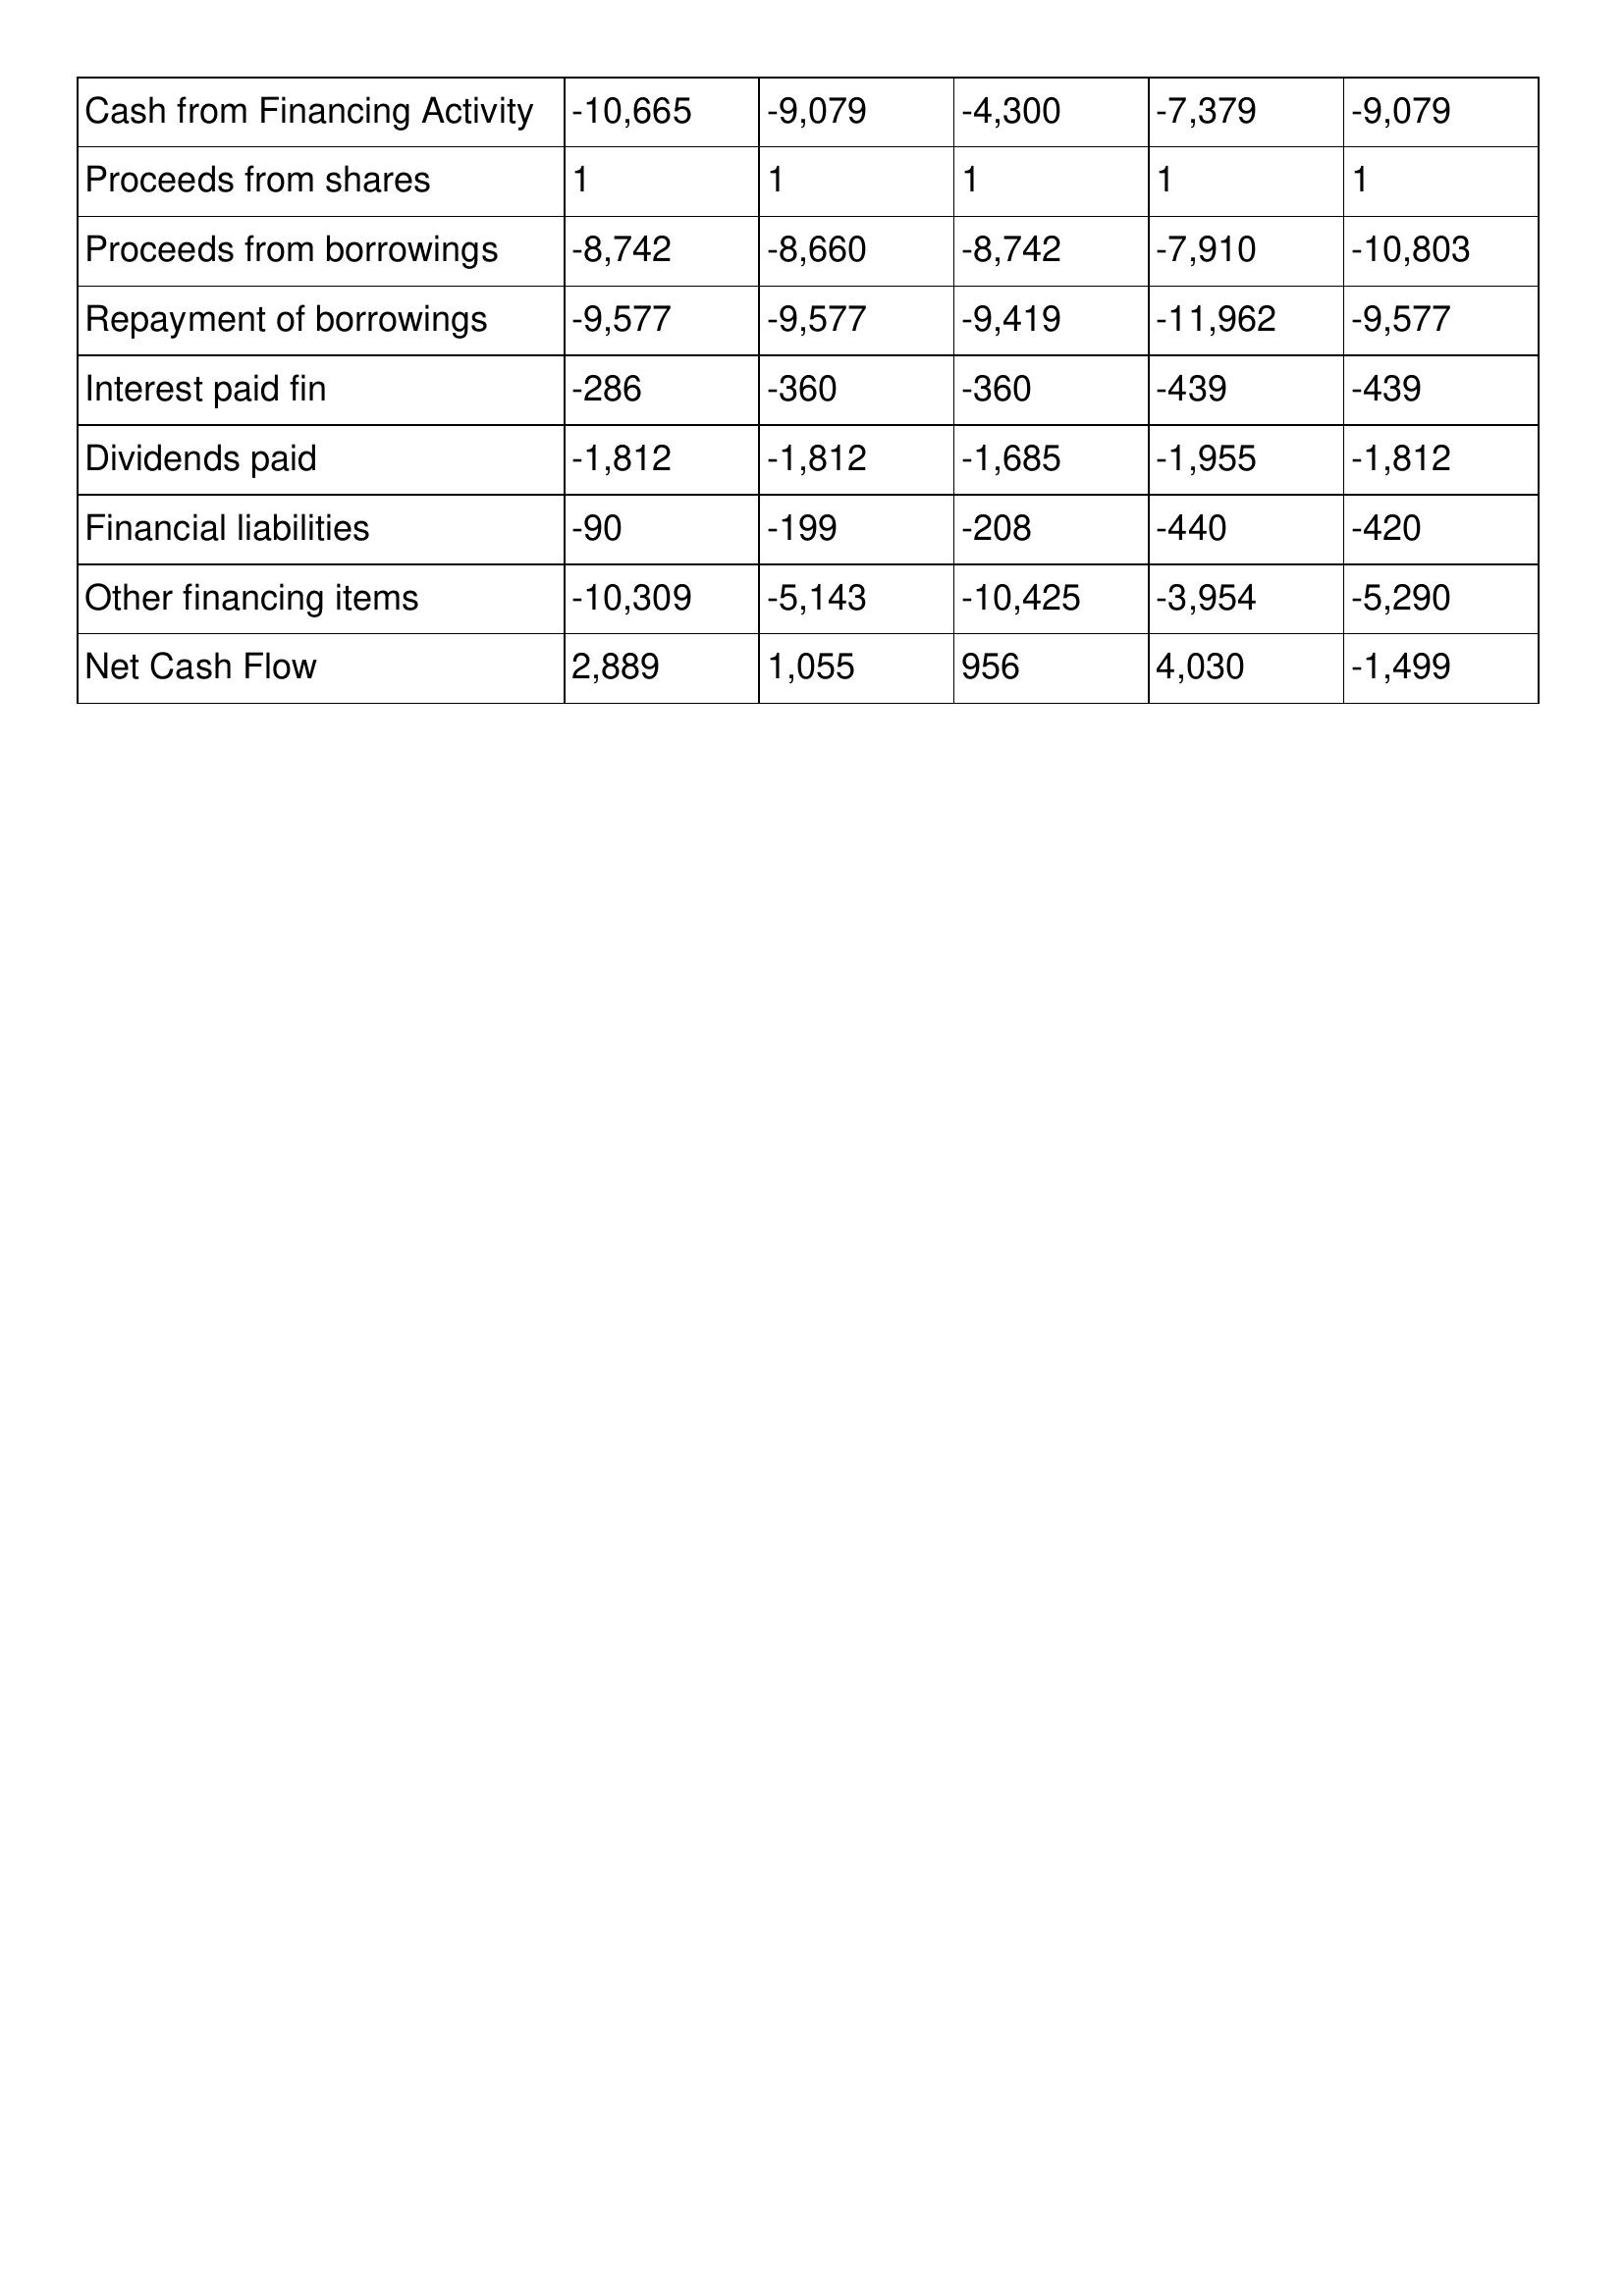
gt_parse: 1994: Cash Flows: Cash from Financing Activity: -10,665
Proceeds from shares: 1
Proceeds from borrowings: -8,742
Repayment of borrowings: -9,577
Interest paid fin: -286
Dividends paid: -1,812
Financial liabilities: -90
Other financing items: -10,309
Net Cash Flow: 2,889
1993: Cash Flows: Cash from Financing Activity: -9,079
Proceeds from shares: 1
Proceeds from borrowings: -8,660
Repayment of borrowings: -9,577
Interest paid fin: -360
Dividends paid: -1,812
Financial liabilities: -199
Other financing items: -5,143
Net Cash Flow: 1,055
1992: Cash Flows: Cash from Financing Activity: -4,300
Proceeds from shares: 1
Proceeds from borrowings: -8,742
Repayment of borrowings: -9,419
Interest paid fin: -360
Dividends paid: -1,685
Financial liabilities: -208
Other financing items: -10,425
Net Cash Flow: 956
1991: Cash Flows: Cash from Financing Activity: -7,379
Proceeds from shares: 1
Proceeds from borrowings: -7,910
Repayment of borrowings: -11,962
Interest paid fin: -439
Dividends paid: -1,955
Financial liabilities: -440
Other financing items: -3,954
Net Cash Flow: 4,030
1990: Cash Flows: Cash from Financing Activity: -9,079
Proceeds from shares: 1
Proceeds from borrowings: -10,803
Repayment of borrowings: -9,577
Interest paid fin: -439
Dividends paid: -1,812
Financial liabilities: -420
Other financing items: -5,290
Net Cash Flow: -1,499